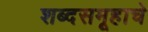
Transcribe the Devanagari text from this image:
शब्दसमूहाचे